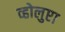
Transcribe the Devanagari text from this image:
व्होलुप्टा